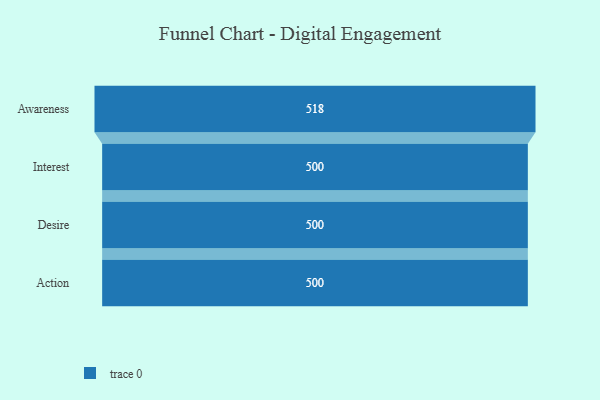
{"axis": {"x": "Stage", "y": "Value"}, "legend": [""], "data": [{"x": "Awareness", "y": 518.0, "type": ""}, {"x": "Interest", "y": 500, "type": ""}, {"x": "Desire", "y": 500, "type": ""}, {"x": "Action", "y": 500, "type": ""}]}